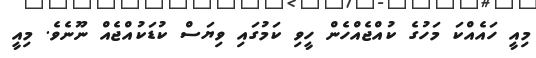
މިއީ ހައެއްކަ މަހުގެ ކުއްޖެއްހެން ހީވި ކަމުގައި ވިޔަސް ކުޑަކުއްޖެއް ނޫނެވެ. މިއީ